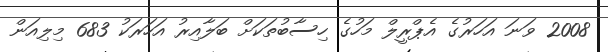
2008 ވަނަ އަހަރުގެ އެޕްރީލް މަހުގެ ހިސާބުތަކަށް ބަލާއިރު އަހަރަކު 683 މިލިއަން